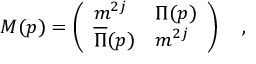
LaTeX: M ( p ) = \left( \begin{array} { l l } { { m ^ { 2 j } } } & { { \Pi ( p ) } } \\ { { \overline { { \Pi } } ( p ) } } & { { m ^ { 2 j } } } \end{array} \right) \quad ,